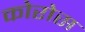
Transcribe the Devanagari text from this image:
कोरोस